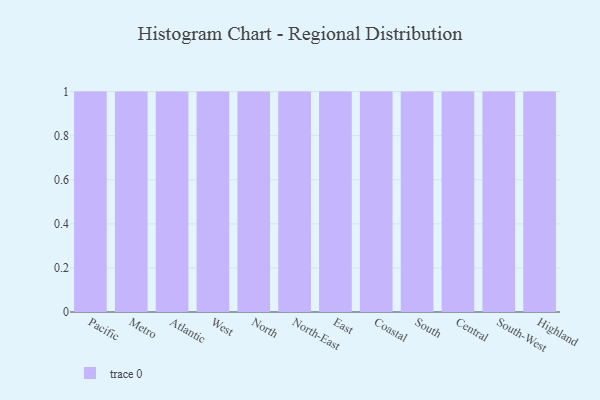
{"axis": {"x": "Region", "y": "Inventory Turnover"}, "legend": [""], "data": [{"x": "Pacific", "y": 19, "type": ""}, {"x": "Metro", "y": 74, "type": ""}, {"x": "Atlantic", "y": 17, "type": ""}, {"x": "West", "y": 27, "type": ""}, {"x": "North", "y": 4, "type": ""}, {"x": "North-East", "y": 92, "type": ""}, {"x": "East", "y": 40, "type": ""}, {"x": "Coastal", "y": 7, "type": ""}, {"x": "South", "y": 36, "type": ""}, {"x": "Central", "y": 63, "type": ""}, {"x": "South-West", "y": 88, "type": ""}, {"x": "Highland", "y": 60, "type": ""}]}